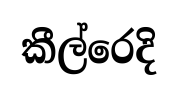
කීල්රෙදි